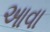
આવા